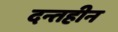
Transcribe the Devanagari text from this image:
दन्तहीन